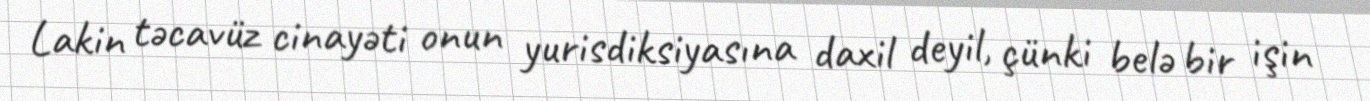
Lakin təcavüz cinayəti onun yurisdiksiyasına daxil deyil, çünki belə bir işin